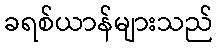
ခရစ်ယာန်များသည်